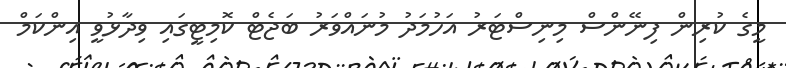
މީގެ ކުރިން ފިނޭންސް މިނިސްޓަރު އަހުމަދު މުނައްވަރު ބަޖެޓް ކޮމިޓީގައި ވިދާޅުވީ އިންކަމް